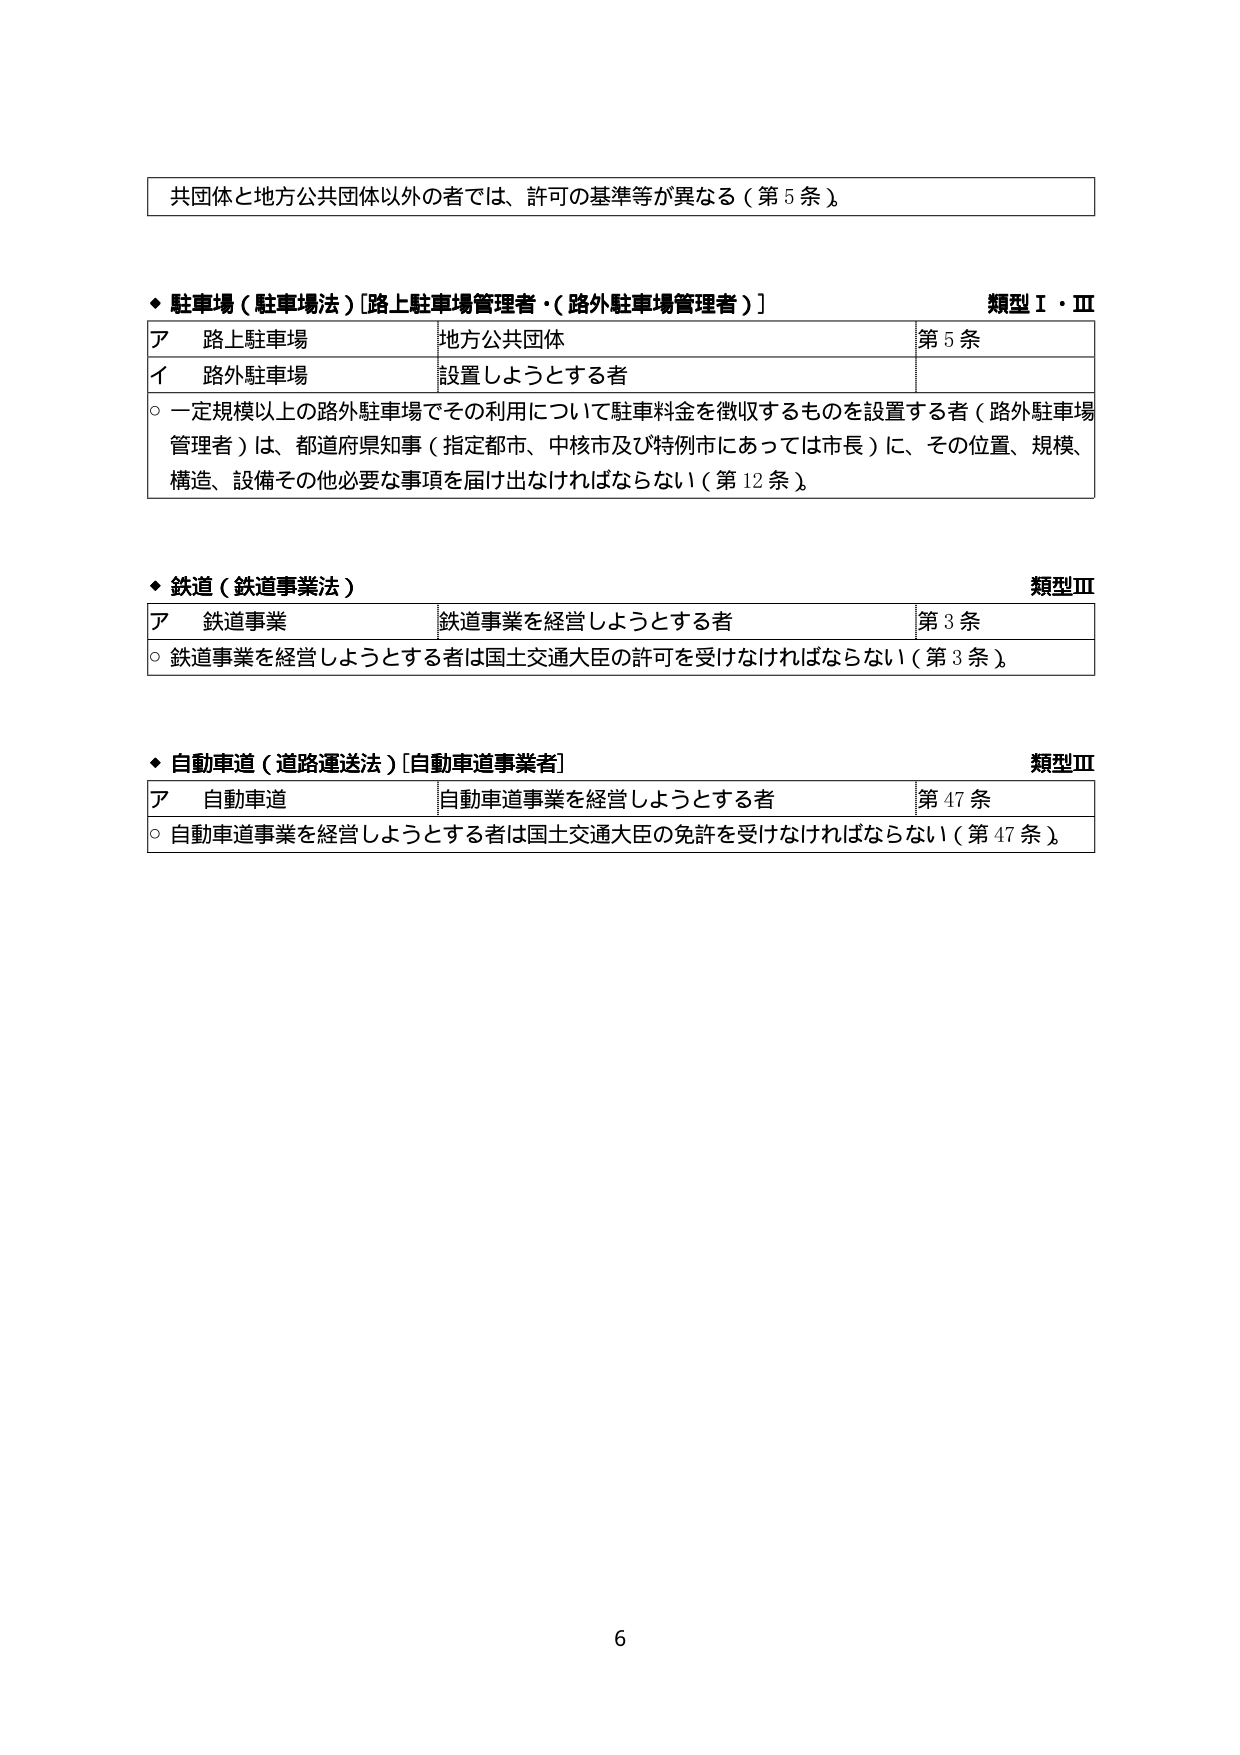
共団体と地方公共団体以外の者では、許可の基準等が異なる（第5条）

◆ 駐車場（駐車場法）[路上駐車場管理者・（路外駐車場管理者）] 類型Ⅰ・Ⅲ
ア 路上駐車場 地方公共団体 第5条
イ 路外駐車場 設置しようとする者
○ 一定規模以上の路外駐車場でその利用について駐車料金を徴収するものを設置する者（路外駐車場管理者）は、都道府県知事（指定都市、中核市及び特例市にあっては市長）に、その位置、規模、構造、設備その他必要な事項を届け出なければならない（第12条）

◆ 鉄道（鉄道事業法） 類型Ⅲ
ア 鉄道事業 鉄道事業を経営しようとする者 第3条
○ 鉄道事業を経営しようとする者は国土交通大臣の許可を受けなければならない（第3条）

◆ 自動車道（道路運送法）[自動車道事業者] 類型Ⅲ
ア 自動車道 自動車道事業を経営しようとする者 第47条
○ 自動車道事業を経営しようとする者は国土交通大臣の免許を受けなければならない（第47条）

6